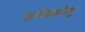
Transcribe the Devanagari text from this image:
सर्वकालेषु